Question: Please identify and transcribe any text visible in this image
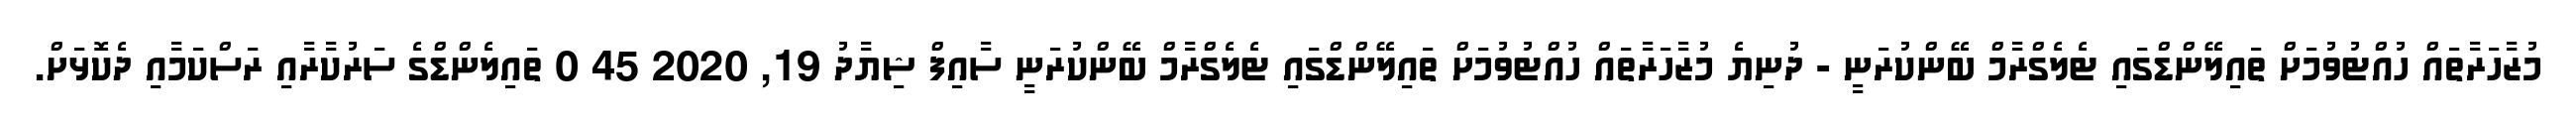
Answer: މުޒާހަރާތައް ހުއްޓުވުމަށް ތައިލޭންޑްގައި ޓެލެގްރާމް ބޭންކުރަނީ - ދުނިޔެ މުޒާހަރާތައް ހުއްޓުވުމަށް ތައިލޭންޑްގައި ޓެލެގްރާމް ބޭންކުރަނީ ސާއިފް ޝިޔާދު 19, 2020 45 0 ތައިލެންޑްގެ ސަރުކާރާއި ރަސްކަމާއި ދެކޮޅަށް.